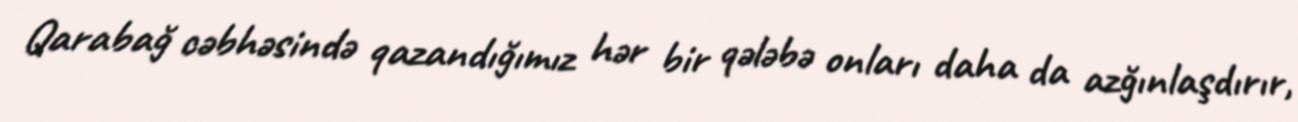
Qarabağ cəbhəsində qazandığımız hər bir qələbə onları daha da azğınlaşdırır,